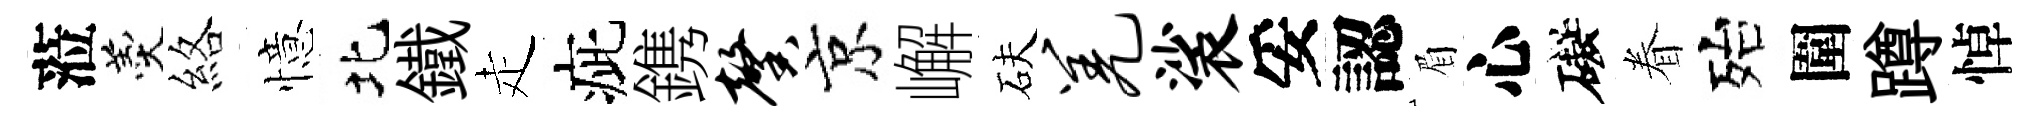
蒞羹絡憶北鐵走疵鎸馨京嶰砆羌裟妥認眉心礙眷殆圍蹲悼